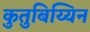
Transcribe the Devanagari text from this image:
कुतुबिय्यिन